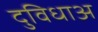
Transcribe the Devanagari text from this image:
दुविधाअ